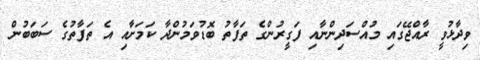
ވިދާޅުވީ ރާއްޖޭގައި މުއްސަދިންނާއި ފަގީރުންގެ ތަފާތު ބޮޑުވަމުންދާ ކަމަށާއި އެ ތަފާތުގެ ސަބަބުން